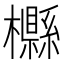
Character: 𣟠